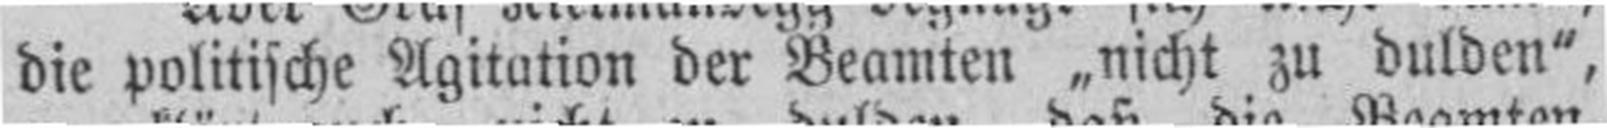
die politische Agitation der Beamten „nicht zu dulden",